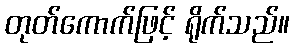
တုတ်ကောက်ဖြင့် ရိုက်သည်။